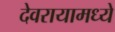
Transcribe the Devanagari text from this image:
देवरायामध्ये